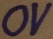
Text: 0V